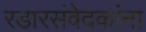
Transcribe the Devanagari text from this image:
रडारसंवेदकांना